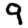
Digit: 9